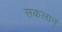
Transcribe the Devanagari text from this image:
सकलान्